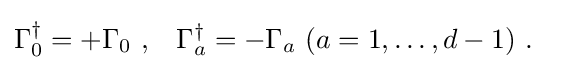
{\begin{aligned}\Gamma _{0}^{\dagger }&=+\Gamma _{0}~,&\Gamma _{a}^{\dagger }&=-\Gamma _{a}~(a=1,\dots ,d-1)~.\end{aligned}}